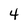
Character: 4